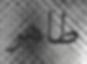
طاھر